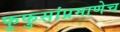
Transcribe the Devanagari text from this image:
फुफुसांप्रमाणेच